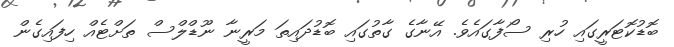
ބޮޑުކޮޓަރީގައި ހުރި ސޯފާގައެވެ. އޭނާގެ ގާތުގައި ބޮޑުދައިތަ މަރީނާ ނޫޑްލްސް ތަށްޓެއް ހިފައިގެން